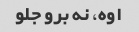
اوه، نه برو جلو